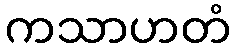
ကသာဟတံ